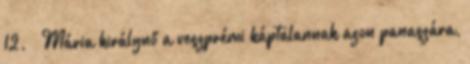
12. – Mária királynő a veszprémi káptalannak azon panaszára,